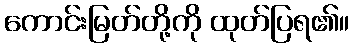
ကောင်းမြတ်တို့ကို ထုတ်ပြရ၏။